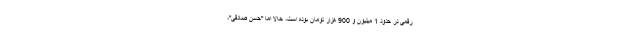
رقمی در حدود 1 میلیون و 900 هزار تومان بوده است، حالا اما "حسن صادقی"،